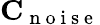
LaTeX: \mathbf{C}_{\mathrm{~n~o~i~s~e~}}